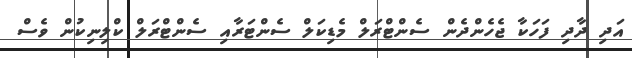
އަދި ދާދި ފަހަކާ ޖެހެންދެން ސެންޓްރަލް މެޑިކަލް ސެންޓަރާއި ސެންޓްރަލް ކްލިނިކުން ވެސް